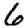
Digit: 6